Senior Leaving Certificate Examination (including Day School Certificate (Higher) General paper), 1948
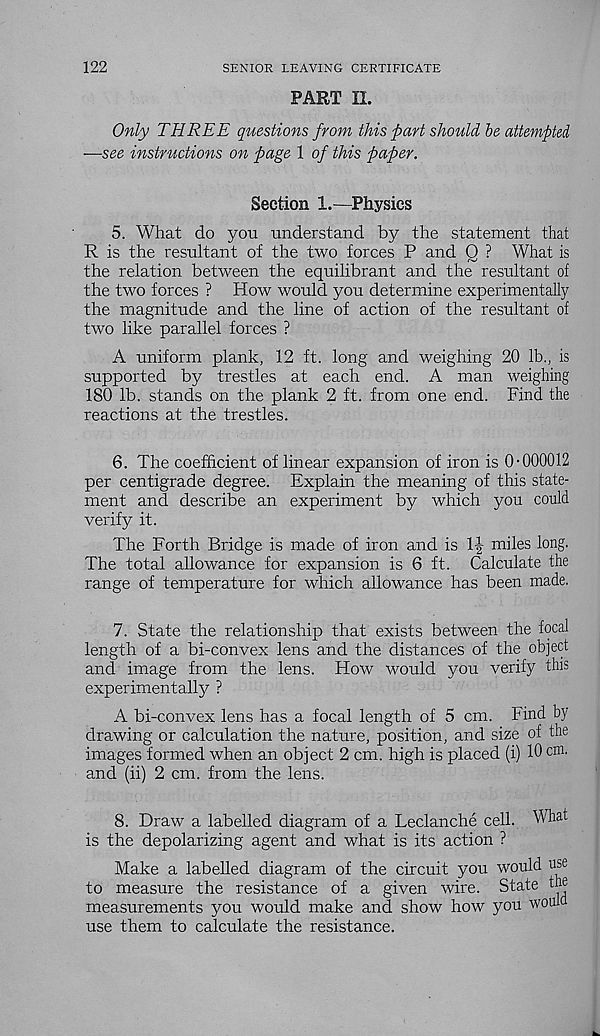
122
SENIOR LEAVING CERTIFICATE
PART II.
Only THREE questions from this part should be attempted
—see instructions on page 1 of this paper.
Section 1.—Physics
5. What do you understand by the statement that
R is the resultant of the two forces P and Q ? What is
the relation between the equilibrant and the resultant of
the two forces ? How would you determine experimentally
the magnitude and the line of action of the resultant of
two like parallel forces ?
A uniform plank, 12 ft. long and weighing 20 lb., is
supported by trestles at each end. A man weighing
180 lb. stands on the plank 2 ft. from one end. Find the
reactions at the trestles.
6. The coefficient of linear expansion of iron is 0-000012
per centigrade degree. Explain the meaning of this state-
ment and describe an experiment by which you could
verify it.
The Forth Bridge is made of iron and is If miles long.
The total allowance for expansion is 6 ft. Calculate the
range of temperature for which allowance has been made.
7. State the relationship that exists between the focal
length of a bi-convex lens and the distances of the object
and image from the lens. How would you verify this
experimentally ?
A bi-convex lens has a focal length of 5 cm. Find by
drawing or calculation the nature, position, and size of the
images formed when an object 2 cm. high is placed (i) 10 cm.
and (ii) 2 cm. from the lens.
8. Draw a labelled diagram of a Leclanche cell.
is the depolarizing agent and what is its action ?
Make a labelled diagram of the circuit you would use
to measure the resistance of a given wire. State the
measurements you would make and show how you woui
use them to calculate the resistance.